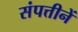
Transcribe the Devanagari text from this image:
संपत्तीनें